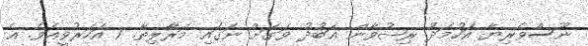
ނޫސްވެރިޔާ އަހުމަދު ރިޟުވާން ޢަބުދު ވަގަށް ނަގައި މަރާލިތާ. 7 އަހަރުވީއެވެ. އެ